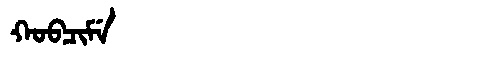
Manchu: ᡴᠣᠪᠴᡳᠮᡝ
Romanization: KOBCIME